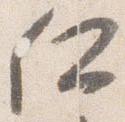
仁